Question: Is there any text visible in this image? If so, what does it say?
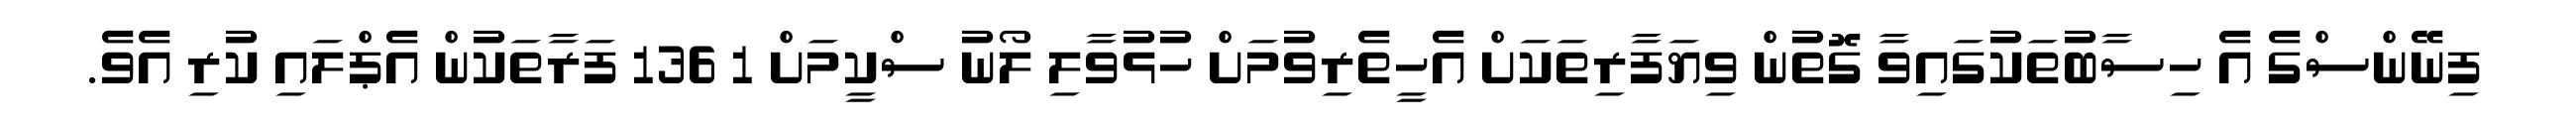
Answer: ފިނޭންސްގެ އެ ހިސާބުތަކުގައިވާ ގޮތުން ވިޔަފާރިތަކަށް އެހީތެރިވުމަށް ހުޅުވާލި ލޯނު ސްކީމަށް 1 136 ފަރާތަކުން އެޕްލައި ކުރި އެވެ.